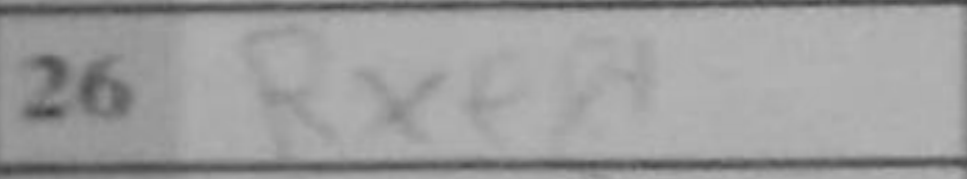
Transcription: Rxe8+